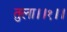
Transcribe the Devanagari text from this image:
तुला।।१।।